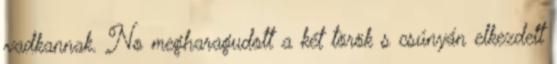
vadkannak. No megharagudott a két török s csúnyán elkezdett